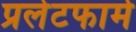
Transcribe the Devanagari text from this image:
प्रलेटफार्म